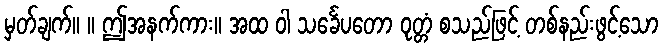
မှတ်ချက်။ ။ ဤအနက်ကား။ အထ ဝါ သင်္ခေပတော ဝုတ္တံ စသည်ဖြင့် တစ်နည်းဖွင့်သော